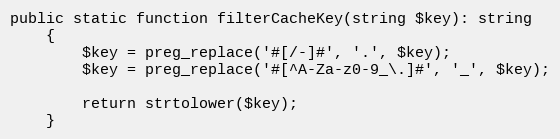
Language: PHP
public static function filterCacheKey(string $key): string
    {
        $key = preg_replace('#[/-]#', '.', $key);
        $key = preg_replace('#[^A-Za-z0-9_\.]#', '_', $key);

        return strtolower($key);
    }